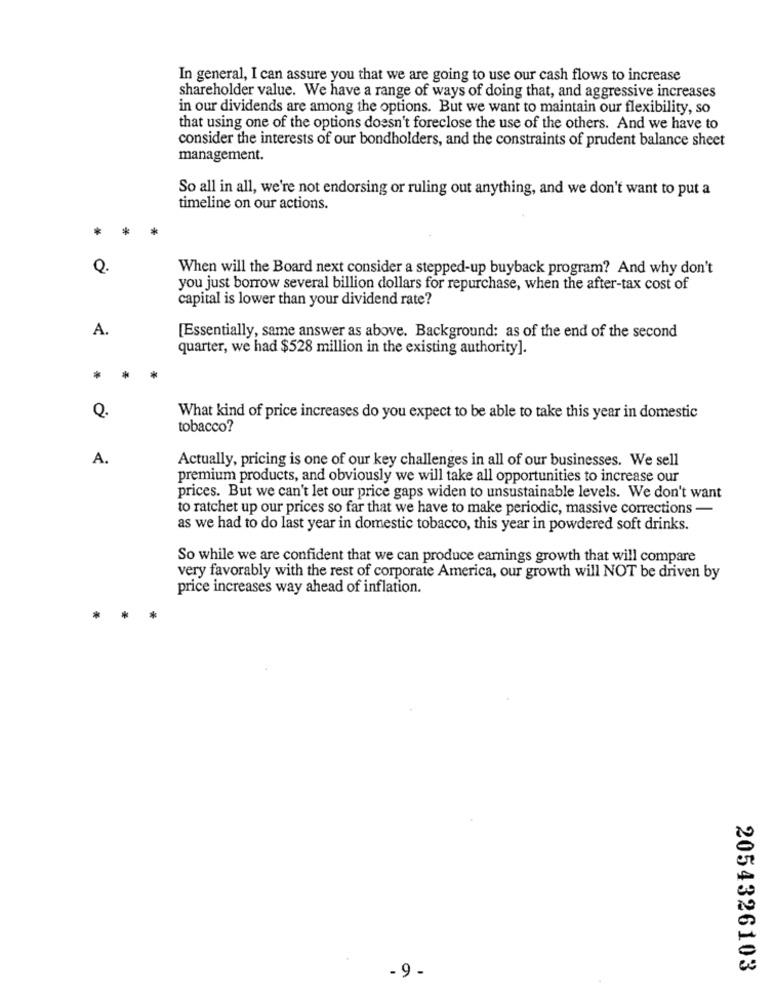
In general, I can assure you that we are going to use our cash flows to increase
shareholder value. We have a range of ways of doing that, and aggressive increases
in our dividends are among the options. But we want to maintain our flexibility, so
that using one of the options doesn't foreclose the use of the others. And we have to
consider the interests of our bondholders, and the constraints of prudent balance sheet
management.
So all in all, we're not endorsing or ruling out anything, and we don't want to put a
timeline on our actions.
*
*
Q.
When will the Board next consider a stepped-up buyback program? And why don't
you just borrow several billion dollars for repurchase, when the after-tax cost of
capital is lower than your dividend rate?
A.
[Essentially, same answer as above. Background: as of the end of the second
quarter, we had $528 million in the existing authority].
*
Q.
What kind of price increases do you expect to be able to take this year in domestic
tobacco?
A.
Actually, pricing is one of our key challenges in all of our businesses. We sell
premium products, and obviously we will take all opportunities to increase our
prices. But we can't let our price gaps widen to unsustainable levels. We don't want
to ratchet up our prices so far that we have to make periodic, massive corrections -
as we had to do last year in domestic tobacco, this year in powdered soft drinks.
So while we are confident that we can produce earnings growth that will compare
very favorably with the rest of corporate America, our growth will NOT be driven by
price increases way ahead of inflation.
*
2054326103
- 9-